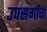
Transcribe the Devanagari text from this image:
उपसर्गाचा